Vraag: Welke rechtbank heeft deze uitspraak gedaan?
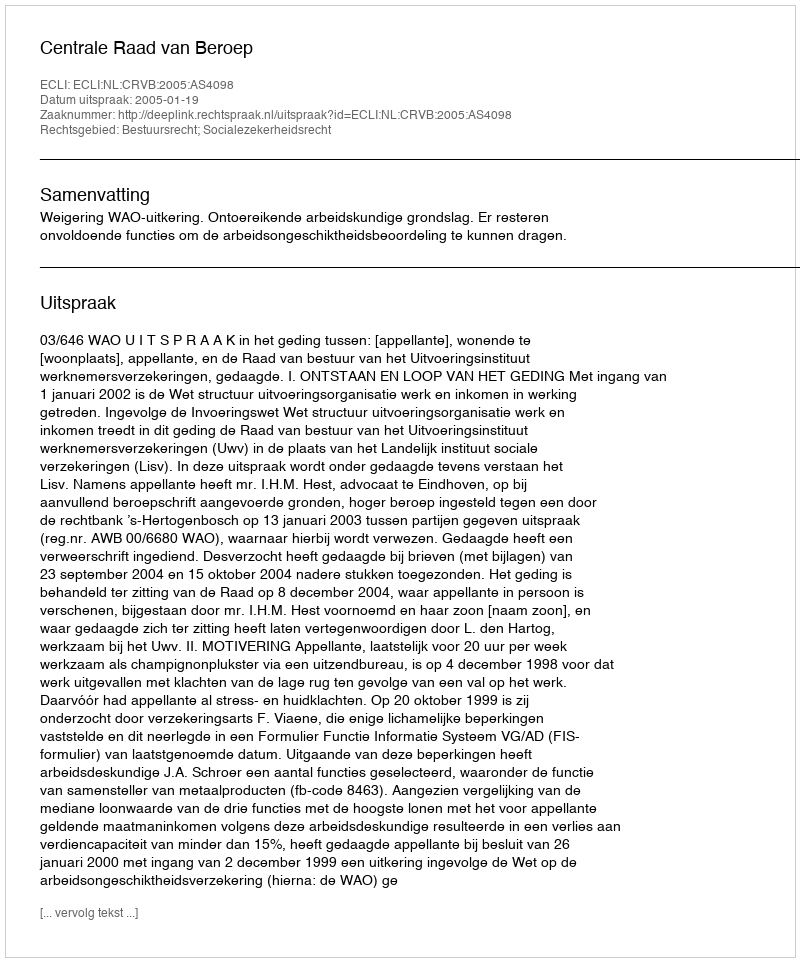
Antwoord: Centrale Raad van Beroep